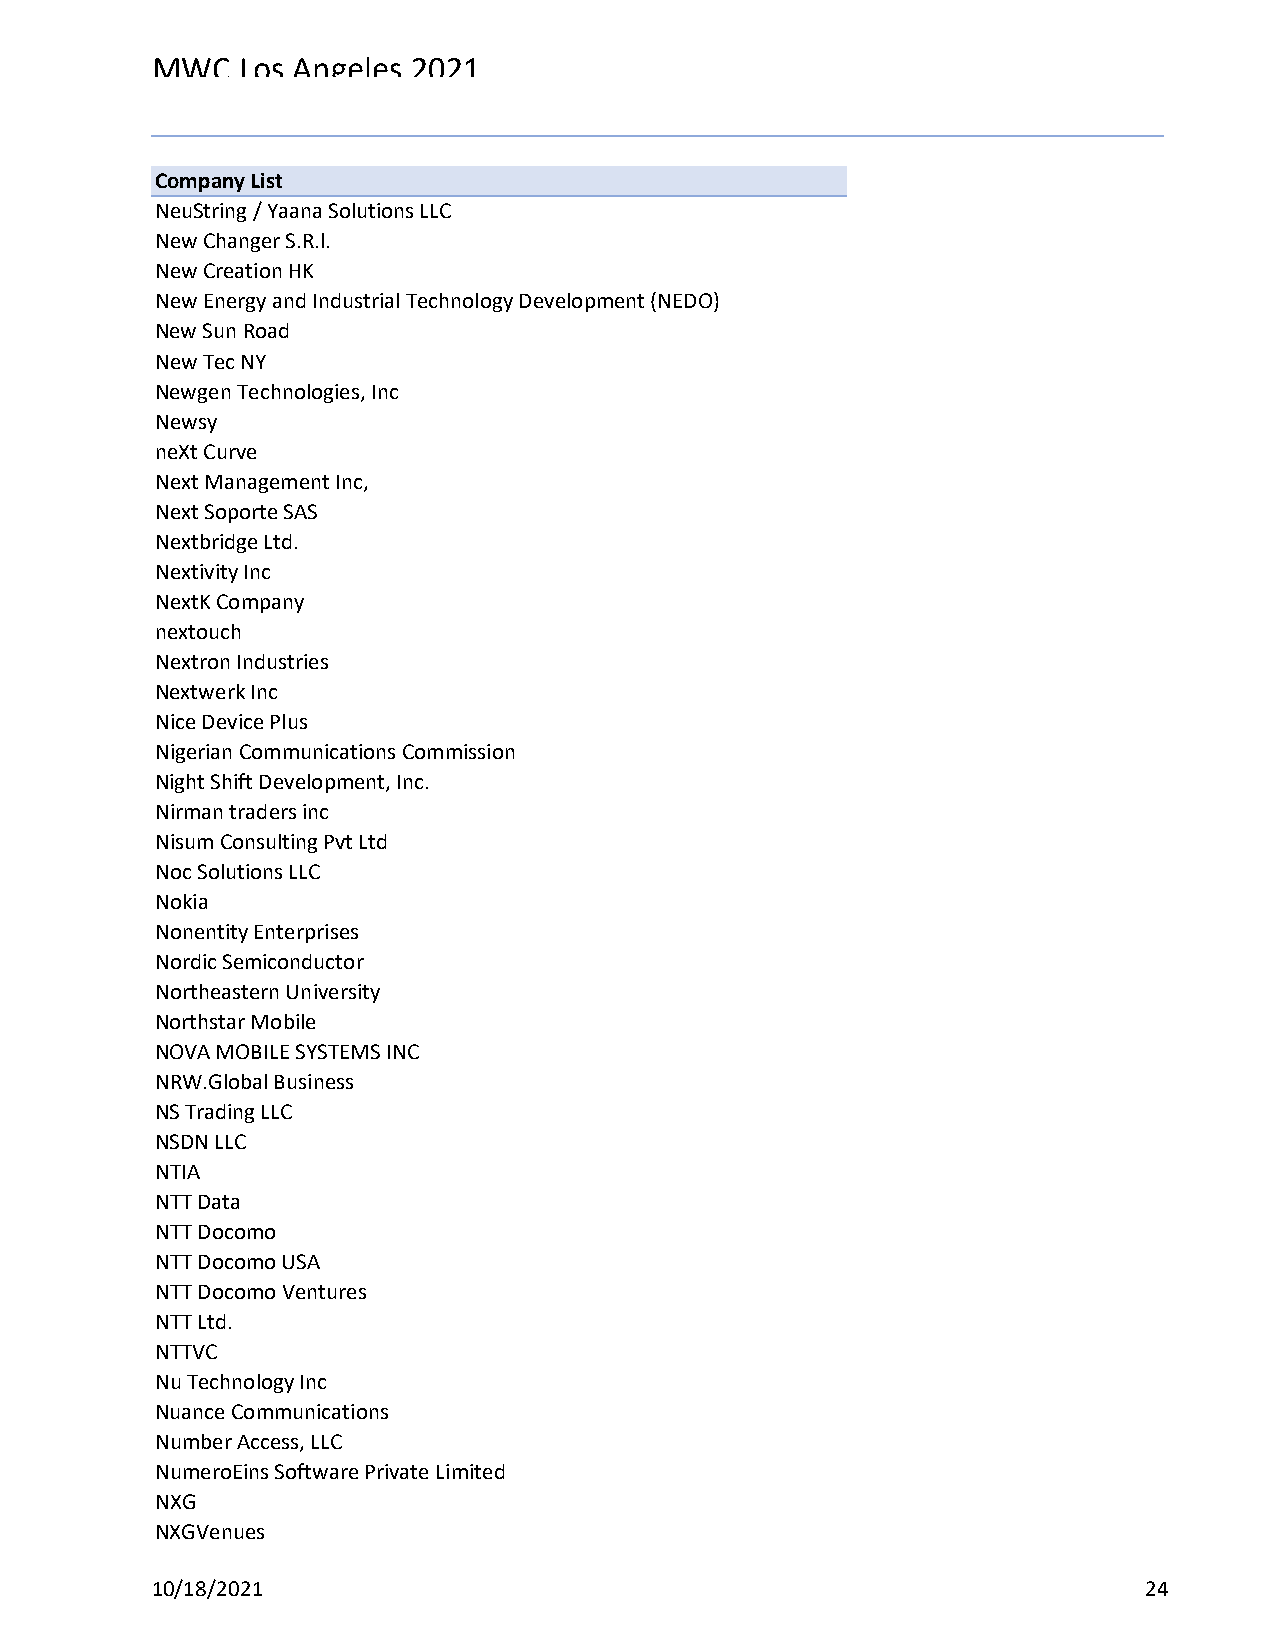
MWC   Los Angeles 2021
 Reg Status                                    Registration Complete
 Code Description                              (Multiple Items)
 Company List
 NeuString / Yaana Solutions LLC
 New Changer S.R.l.
 New Creation HK
 New Energy and Industrial Technology Development (NEDO)
 New Sun Road
 New Tec NY
 Newgen Technologies, Inc
 Newsy
 neXt Curve
 Next Management Inc,
 Next Soporte SAS
 Nextbridge Ltd.
 Nextivity Inc
 NextK Company
 nextouch
 Nextron Industries
 Nextwerk Inc
 Nice Device Plus
 Nigerian Communications Commission
 Night Shift Development, Inc.
 Nirman traders inc
 Nisum Consulting Pvt Ltd
 Noc Solutions LLC
 Nokia
 Nonentity Enterprises
 Nordic Semiconductor
 Northeastern University
 Northstar Mobile
 NOVA MOBILE SYSTEMS INC
 NRW.Global Business
 NS Trading LLC
 NSDN LLC
 NTIA
 NTT Data
 NTT Docomo
 NTT Docomo USA
 NTT Docomo Ventures
 NTT Ltd.
 NTTVC
 Nu Technology Inc
 Nuance Communications
 Number Access, LLC
 NumeroEins Software Private Limited
 NXG
 NXGVenues
 10/18/2021                                                        24